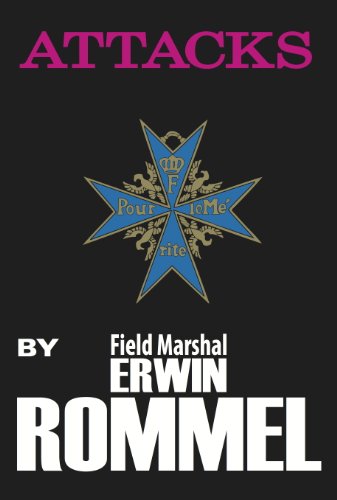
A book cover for Attacks; Erwin Rommel; History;